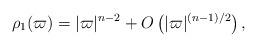
LaTeX: \begin{align*}\rho_1(\varpi)= |\varpi|^{n-2}+O\left(|\varpi|^{(n-1)/2}\right),\end{align*}